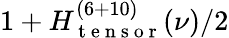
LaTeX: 1+H_{\mathrm{~t~e~n~s~o~r~}}^{(6+10)}(\nu)/2